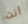
أنت